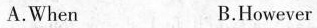
A.When B.However